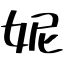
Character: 妮